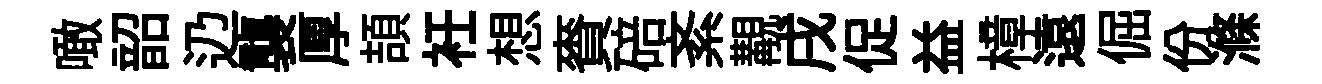
噉韶辸襲厚頡衽想賚碚紊覯戌促益樟遠倔份滌